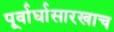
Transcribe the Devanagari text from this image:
पूर्वार्धासारखाच